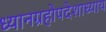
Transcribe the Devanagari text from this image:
ध्यानग्रहोपदेशाध्याय